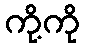
ကို့ကို